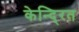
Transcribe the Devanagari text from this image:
केन्दि्रत